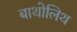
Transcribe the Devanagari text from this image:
बाथोलिथ